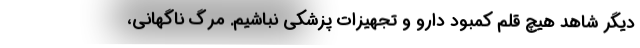
دیگر شاهد هیچ قلم کمبود دارو و تجهیزات پزشکی نباشیم. مرگ ناگهانی،